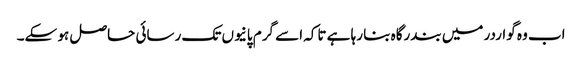
اب وہ گواردر میں بندرگاہ بنا رہا ہے تاکہ اسے گرم پانیوں تک رسائی حاصل ہو سکے۔